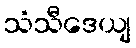
သံသီဒေယျ